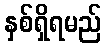
နှစ်ရှိရမည်